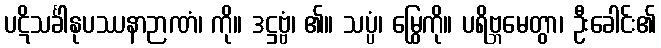
ပဋိသင်္ခါနုပဿနာဉာဏံ၊ ကို။ ဒဋ္ဌဗ္ဗံ၊ ၏။ သပ္ပံ၊ မြွေကို။ ပရိဗ္ဘမေတွာ၊ ဦးခေါင်း၏